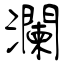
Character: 瀾